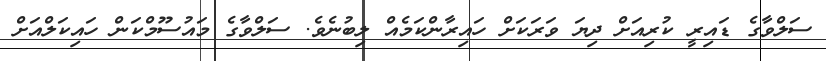
ސަލްވާގެ ޑައިރީ ކުރިއަށް ދިޔަ ވަރަކަށް ހައިރާންކަމެއް ލިބުނެވެ. ސަލްވާގެ މައުސޫމްކަން ހައިކަލްއަށް